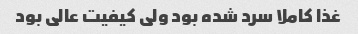
غذا کاملا سرد شده بود ولی کیفیت عالی بود